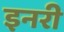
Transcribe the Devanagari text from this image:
इनरी